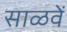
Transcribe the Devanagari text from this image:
साळवें